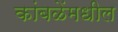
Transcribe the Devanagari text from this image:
कांबळेंमधील